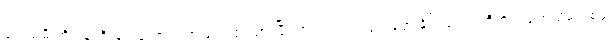
မင်းသမီးကို ဝန်ကြီးချုပ်လောင်း အဖြစ် လျာထားပြီး စာရင်းတင် သွင်းခဲ့တဲ့ နိုင်ငံရေးပါတီကိုပါ ဖျက်သိမ်းပစ်ဖို့